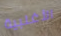
الأغلبية